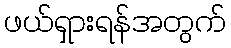
ဖယ်ရှားရန်အတွက်